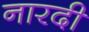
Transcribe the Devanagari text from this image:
नारदी